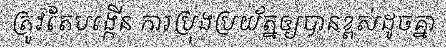
ត្រូវតែបង្កើន ការប្រុងប្រយ័ត្នឲ្យបានខ្ពស់ដូចគ្នា